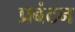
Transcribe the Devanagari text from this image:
प्रबंटन